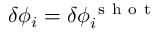
\delta \phi _ { i } = \delta \phi _ { i } ^ { \mathrm { ~ s ~ h ~ o ~ t ~ } }